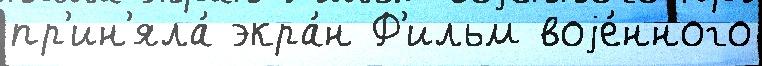
пр'ин'яла́ экра́н Ф'ильм воjе́нного